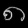
Digit: ၈